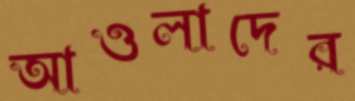
আওলাদের